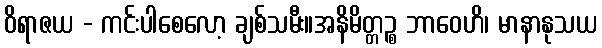
ဝိရာဇယ - ကင်းပါစေလော့ ချစ်သမီး။အနိမိတ္တဉ္စ ဘာဝေဟိ၊ မာနာနုသယ